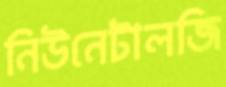
নিউনেটালজি